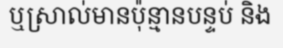
ឬស្រាល់មានប៉ុន្មានបន្ទប់ និង